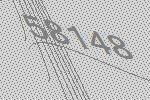
58148